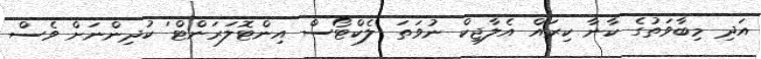
އަދި މިބާވަތުގެ ކާނާ ކިރައް އެލާޖިކް ނުވަތަ 'ލެކްޓޯސް އިންޓޮލަރަންޓް' ކުދިންނަށް ވެސް